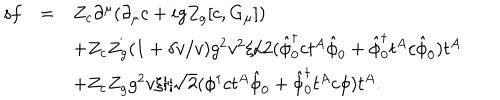
LaTeX: \begin{array} { r c l } { { { \sf s } f } } & { { = } } & { { Z _ { c } \partial ^ { \mu } ( \partial _ { \mu } c + i g Z _ { g } [ c , G _ { \mu } ] ) } } \\ { { } } & { { } } & { { + Z _ { c } Z _ { g } ( 1 + \delta v / v ) g ^ { 2 } v ^ { 2 } \xi / 2 ( \hat { \phi } _ { 0 } ^ { \dagger } c t ^ { A } \hat { \phi } _ { 0 } + \hat { \phi } _ { 0 } ^ { \dagger } t ^ { A } c \hat { \phi } _ { 0 } ) t ^ { A } } } \\ { { } } & { { } } & { { + Z _ { c } Z _ { g } g ^ { 2 } v \xi / \sqrt { 2 } ( \phi ^ { \dagger } c t ^ { A } \hat { \phi } _ { 0 } + \hat { \phi } _ { 0 } ^ { \dagger } t ^ { A } c \phi ) t ^ { A } . } } \\ \end{array}